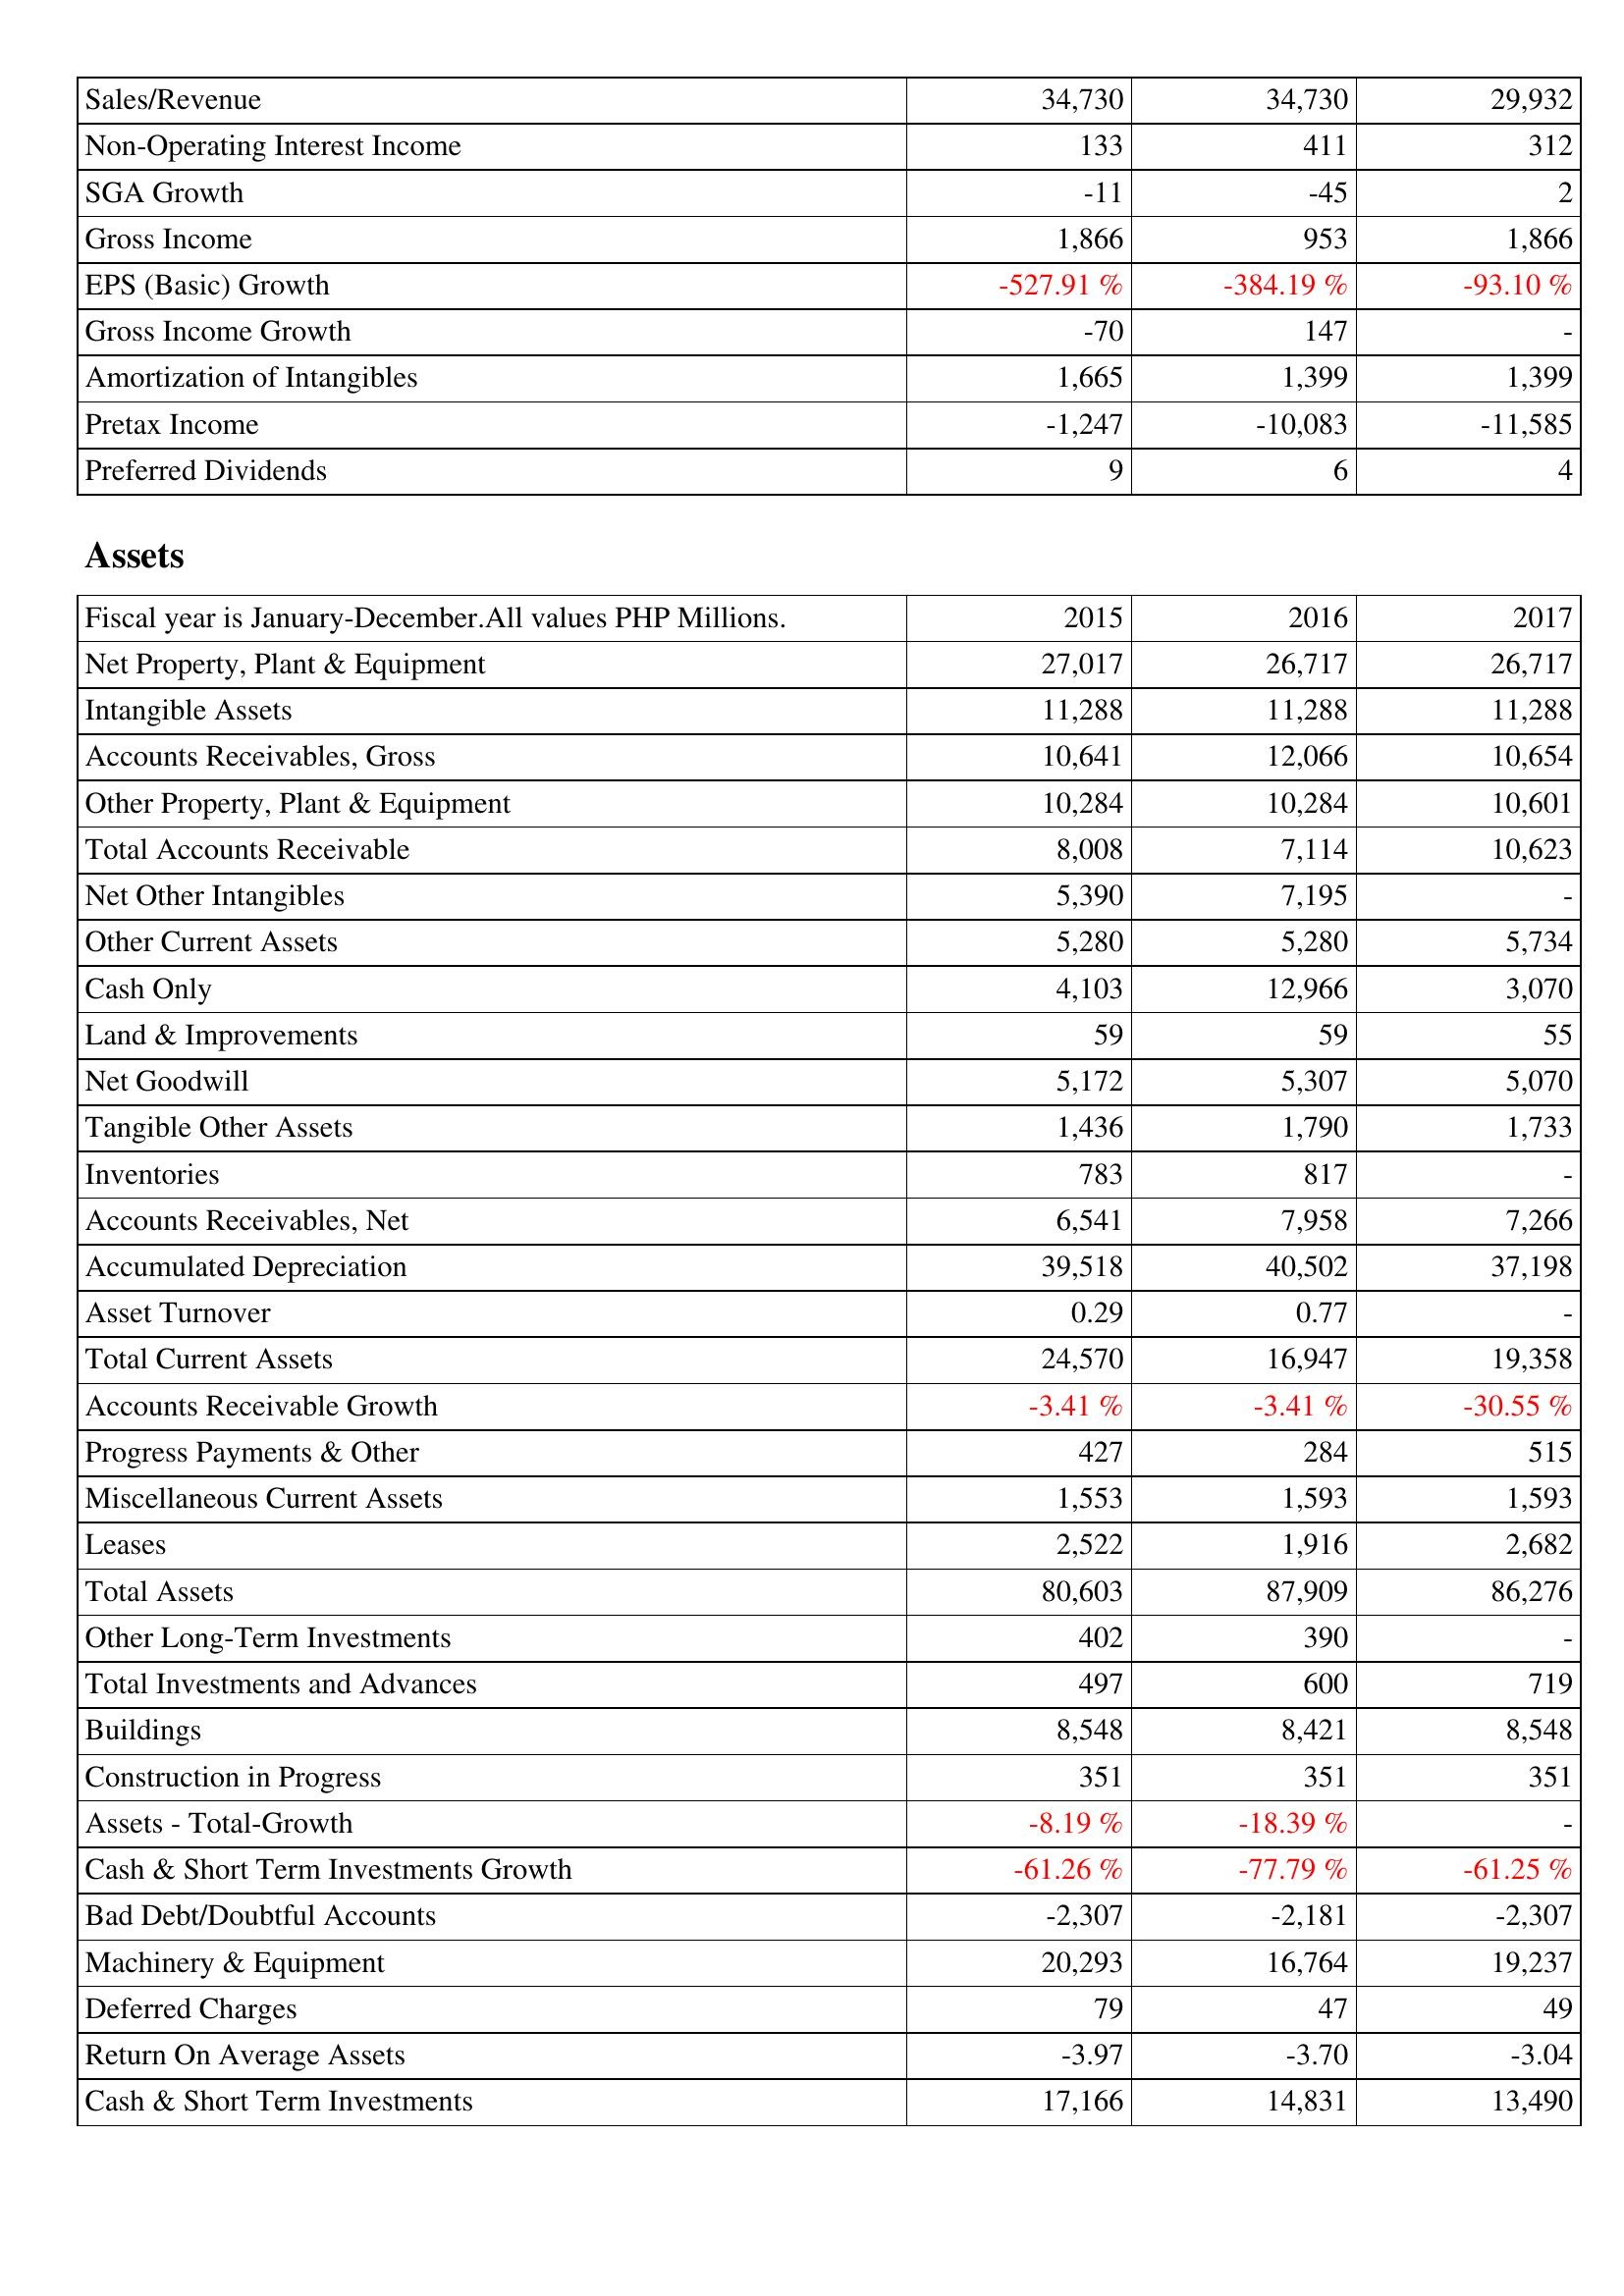
2015: Income Statement: Sales/Revenue: 34,730
Non-Operating Interest Income: 133
SGA Growth: -11
Gross Income: 1,866
EPS (Basic) Growth: -527.91 %
Gross Income Growth: -70
Amortization of Intangibles: 1,665
Pretax Income: -1,247
Preferred Dividends: 9
Assets: Net Property, Plant & Equipment: 27,017
Intangible Assets: 11,288
Accounts Receivables, Gross: 10,641
Other Property, Plant & Equipment: 10,284
Total Accounts Receivable: 8,008
Net Other Intangibles: 5,390
Other Current Assets: 5,280
Cash Only: 4,103
Land & Improvements: 59
Net Goodwill: 5,172
Tangible Other Assets: 1,436
Inventories: 783
Accounts Receivables, Net: 6,541
Accumulated Depreciation: 39,518
Asset Turnover: 0.29
Total Current Assets: 24,570
Accounts Receivable Growth: -3.41 %
Progress Payments & Other: 427
Miscellaneous Current Assets: 1,553
Leases: 2,522
Total Assets: 80,603
Other Long-Term Investments: 402
Total Investments and Advances: 497
Buildings: 8,548
Construction in Progress: 351
Assets - Total-Growth: -8.19 %
Cash & Short Term Investments Growth: -61.26 %
Bad Debt/Doubtful Accounts: -2,307
Machinery & Equipment: 20,293
Deferred Charges: 79
Return On Average Assets: -3.97
Cash & Short Term Investments: 17,166
2016: Income Statement: Sales/Revenue: 34,730
Non-Operating Interest Income: 411
SGA Growth: -45
Gross Income: 953
EPS (Basic) Growth: -384.19 %
Gross Income Growth: 147
Amortization of Intangibles: 1,399
Pretax Income: -10,083
Preferred Dividends: 6
Assets: Net Property, Plant & Equipment: 26,717
Intangible Assets: 11,288
Accounts Receivables, Gross: 12,066
Other Property, Plant & Equipment: 10,284
Total Accounts Receivable: 7,114
Net Other Intangibles: 7,195
Other Current Assets: 5,280
Cash Only: 12,966
Land & Improvements: 59
Net Goodwill: 5,307
Tangible Other Assets: 1,790
Inventories: 817
Accounts Receivables, Net: 7,958
Accumulated Depreciation: 40,502
Asset Turnover: 0.77
Total Current Assets: 16,947
Accounts Receivable Growth: -3.41 %
Progress Payments & Other: 284
Miscellaneous Current Assets: 1,593
Leases: 1,916
Total Assets: 87,909
Other Long-Term Investments: 390
Total Investments and Advances: 600
Buildings: 8,421
Construction in Progress: 351
Assets - Total-Growth: -18.39 %
Cash & Short Term Investments Growth: -77.79 %
Bad Debt/Doubtful Accounts: -2,181
Machinery & Equipment: 16,764
Deferred Charges: 47
Return On Average Assets: -3.70
Cash & Short Term Investments: 14,831
2017: Income Statement: Sales/Revenue: 29,932
Non-Operating Interest Income: 312
SGA Growth: 2
Gross Income: 1,866
EPS (Basic) Growth: -93.10 %
Gross Income Growth: -
Amortization of Intangibles: 1,399
Pretax Income: -11,585
Preferred Dividends: 4
Assets: Net Property, Plant & Equipment: 26,717
Intangible Assets: 11,288
Accounts Receivables, Gross: 10,654
Other Property, Plant & Equipment: 10,601
Total Accounts Receivable: 10,623
Net Other Intangibles: -
Other Current Assets: 5,734
Cash Only: 3,070
Land & Improvements: 55
Net Goodwill: 5,070
Tangible Other Assets: 1,733
Inventories: -
Accounts Receivables, Net: 7,266
Accumulated Depreciation: 37,198
Asset Turnover: -
Total Current Assets: 19,358
Accounts Receivable Growth: -30.55 %
Progress Payments & Other: 515
Miscellaneous Current Assets: 1,593
Leases: 2,682
Total Assets: 86,276
Other Long-Term Investments: -
Total Investments and Advances: 719
Buildings: 8,548
Construction in Progress: 351
Assets - Total-Growth: -
Cash & Short Term Investments Growth: -61.25 %
Bad Debt/Doubtful Accounts: -2,307
Machinery & Equipment: 19,237
Deferred Charges: 49
Return On Average Assets: -3.04
Cash & Short Term Investments: 13,490